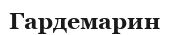
Гардемарин